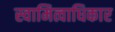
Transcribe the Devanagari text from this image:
स्वामित्वाधिकार